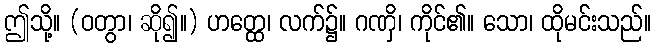
ဤသို့။ (ဝတွာ၊ ဆို၍။) ဟတ္ထေ၊ လက်၌။ ဂဏှိ၊ ကိုင်၏။ သော၊ ထိုမင်းသည်။